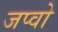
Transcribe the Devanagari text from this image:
जप्वो